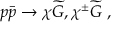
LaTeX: p \bar { p } \to \chi \widetilde G , \chi ^ { \pm } \widetilde G \ ,